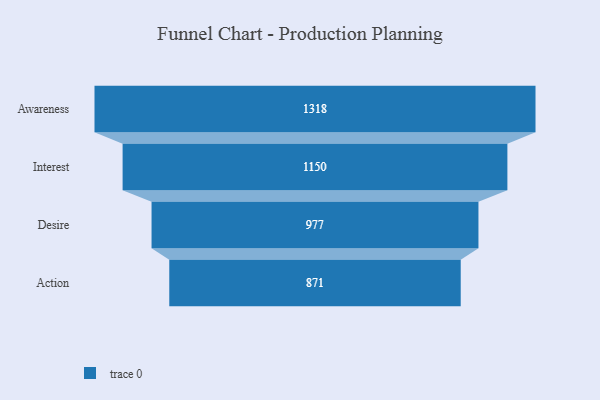
{"axis": {"x": "Stage", "y": "Value"}, "legend": [""], "data": [{"x": "Awareness", "y": 1318.0, "type": ""}, {"x": "Interest", "y": 1150.0, "type": ""}, {"x": "Desire", "y": 977.0, "type": ""}, {"x": "Action", "y": 871.0, "type": ""}]}